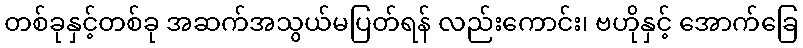
တစ်ခုနှင့်တစ်ခု အဆက်အသွယ်မပြတ်ရန် လည်းကောင်း၊ ဗဟိုနှင့် အောက်ခြေ